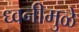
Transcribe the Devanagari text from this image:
ध्वनीमुळे